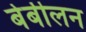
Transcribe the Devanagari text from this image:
बेबीलन